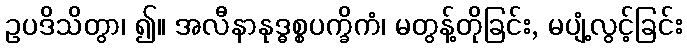
ဥပဒိသိတွာ၊ ၍။ အလီနာနုဒ္ဓစ္စပက္ခိကံ၊ မတွန့်တိုခြင်း, မပျံ့လွင့်ခြင်း